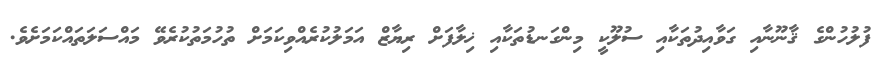
ފުލުހުންގެ ޤާނޫނާއި ގަވާއިދުތަކާއި ސުލޫކީ މިންގަނޑުތަކާއި ޚިލާފަށް ރިޔާޒް އަމަލުކުރެއްވިކަމަށް ތުހުމަތުކުރެވޭ މައްސަލަތައްކަމަށެވެ.